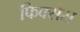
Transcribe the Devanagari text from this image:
फिक्सेस